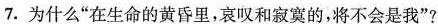
7.为什么”在生命的黄昏里，哀叹和寂寞的，将不会是我”?